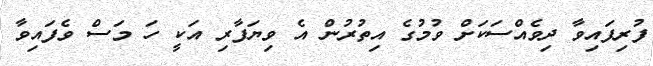
ފުރިފައިވާ ދިވެއްސަކަށް ވުމުގެ އިތުރުން އެ ވިޔަފާރި އަކީ ހަ މަސް ވެފައިވާ